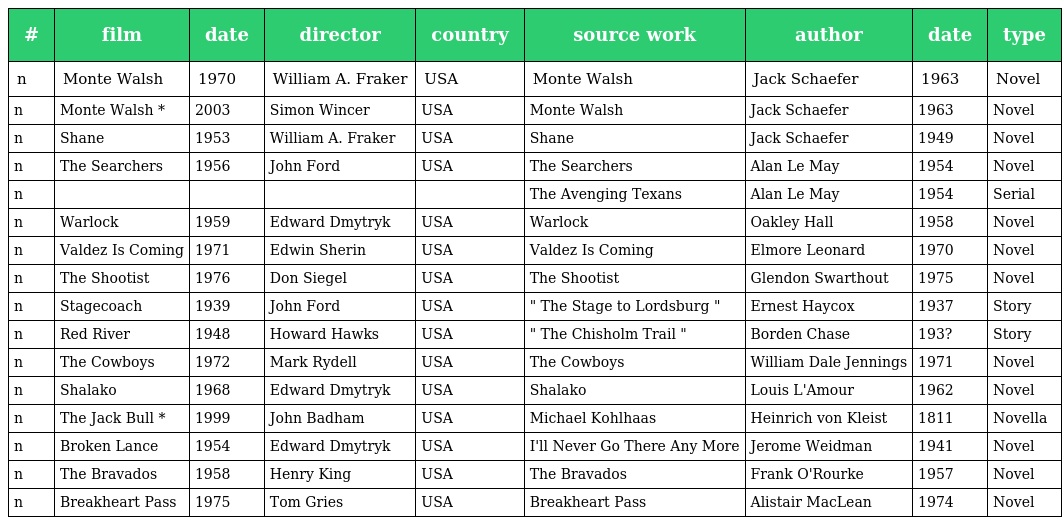
| # | film | date | director | country | source work | author | date | type |
 | --- | --- | --- | --- | --- | --- | --- | --- | --- |
 | n | Monte Walsh | 1970 | William A. Fraker | USA | Monte Walsh | Jack Schaefer | 1963 | Novel |
 | n | Monte Walsh * | 2003 | Simon Wincer | USA | Monte Walsh | Jack Schaefer | 1963 | Novel |
 | n | Shane | 1953 | William A. Fraker | USA | Shane | Jack Schaefer | 1949 | Novel |
 | n | The Searchers | 1956 | John Ford | USA | The Searchers | Alan Le May | 1954 | Novel |
 | n |  |  |  |  | The Avenging Texans | Alan Le May | 1954 | Serial |
 | n | Warlock | 1959 | Edward Dmytryk | USA | Warlock | Oakley Hall | 1958 | Novel |
 | n | Valdez Is Coming | 1971 | Edwin Sherin | USA | Valdez Is Coming | Elmore Leonard | 1970 | Novel |
 | n | The Shootist | 1976 | Don Siegel | USA | The Shootist | Glendon Swarthout | 1975 | Novel |
 | n | Stagecoach | 1939 | John Ford | USA | " The Stage to Lordsburg " | Ernest Haycox | 1937 | Story |
 | n | Red River | 1948 | Howard Hawks | USA | " The Chisholm Trail " | Borden Chase | 193? | Story |
 | n | The Cowboys | 1972 | Mark Rydell | USA | The Cowboys | William Dale Jennings | 1971 | Novel |
 | n | Shalako | 1968 | Edward Dmytryk | USA | Shalako | Louis L'Amour | 1962 | Novel |
 | n | The Jack Bull * | 1999 | John Badham | USA | Michael Kohlhaas | Heinrich von Kleist | 1811 | Novella |
 | n | Broken Lance | 1954 | Edward Dmytryk | USA | I'll Never Go There Any More | Jerome Weidman | 1941 | Novel |
 | n | The Bravados | 1958 | Henry King | USA | The Bravados | Frank O'Rourke | 1957 | Novel |
 | n | Breakheart Pass | 1975 | Tom Gries | USA | Breakheart Pass | Alistair MacLean | 1974 | Novel |